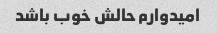
امیدوارم حالش خوب باشد